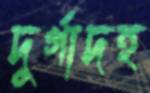
দুর্গাদহ